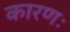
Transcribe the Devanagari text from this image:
कारणः